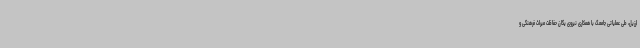
ارزیل، طی عملیاتی جامعگ با همکاری نیروی یگان حفاظت میراث فرهنگی و